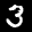
Label: 3